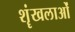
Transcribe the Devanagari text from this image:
शॄंखलाओं